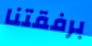
برفقتنا